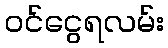
ဝင်ငွေရလမ်း